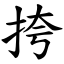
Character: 挎